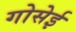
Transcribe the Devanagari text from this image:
गोसेई